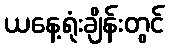
ယနေ့ရုံးချိန်းတွင်